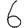
Digit: 6